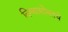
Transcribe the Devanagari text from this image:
विश्वासोबतचे